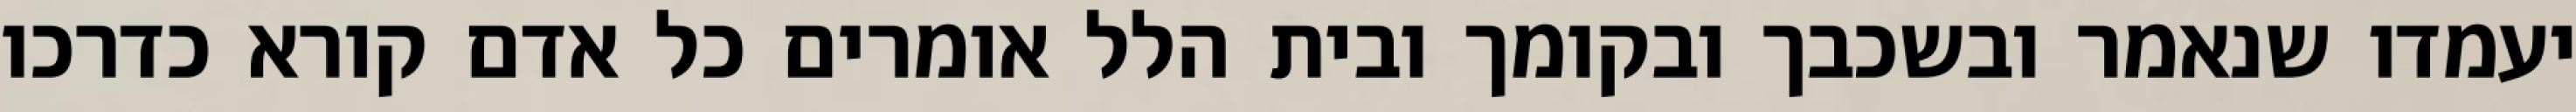
יעמדו שנאמר ובשכבך ובקומך ובית הלל אומרים כל אדם קורא כדרכו